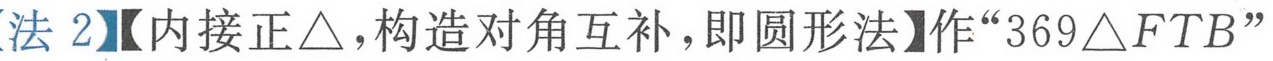
【法2】【内接正\(\triangle\)，构造对角互补，即圆形法】作“\(369\triangle FTB\)”